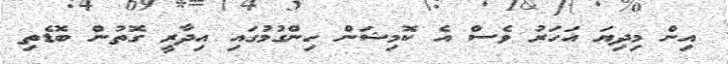
އިން މިދިޔަ އަހަރު ވެސް އެ ކޮމިޝަން ހިންގުމުގައި އިދާރީ ގޮތުން ބޮޑެތި